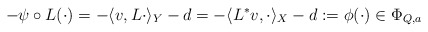
\begin{align*}-\psi \circ L (\cdot) = -\langle v, L\cdot \rangle_Y -d =-\langle L^* v,\cdot\rangle_X -d :=\phi (\cdot) \in \Phi_{Q,a}\end{align*}